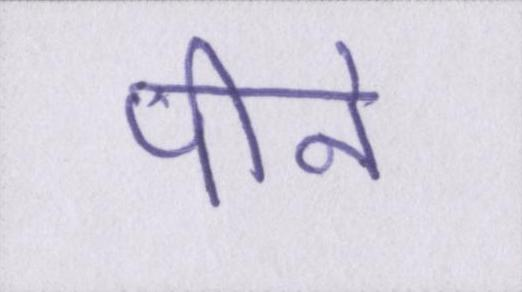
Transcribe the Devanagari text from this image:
पीने